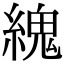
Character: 䌆